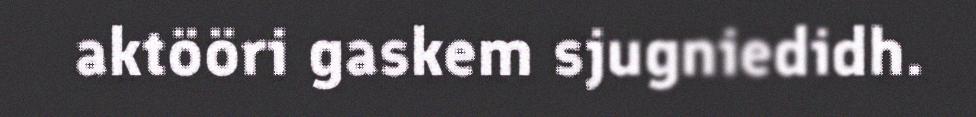
aktööri gaskem sjugniedidh.